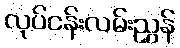
လုပ်ငန်းလမ်းညွှန်